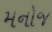
મનોજ